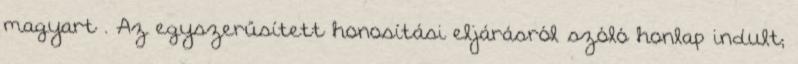
magyart . Az egyszerűsített honosítási eljárásról szóló honlap indult;